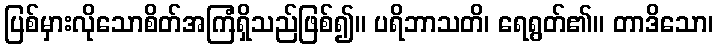
ပြစ်မှားလိုသောစိတ်အကြံရှိသည်ဖြစ်၍။ ပရိဘာသတိ၊ ရေရွတ်၏။ တာဒိသော၊